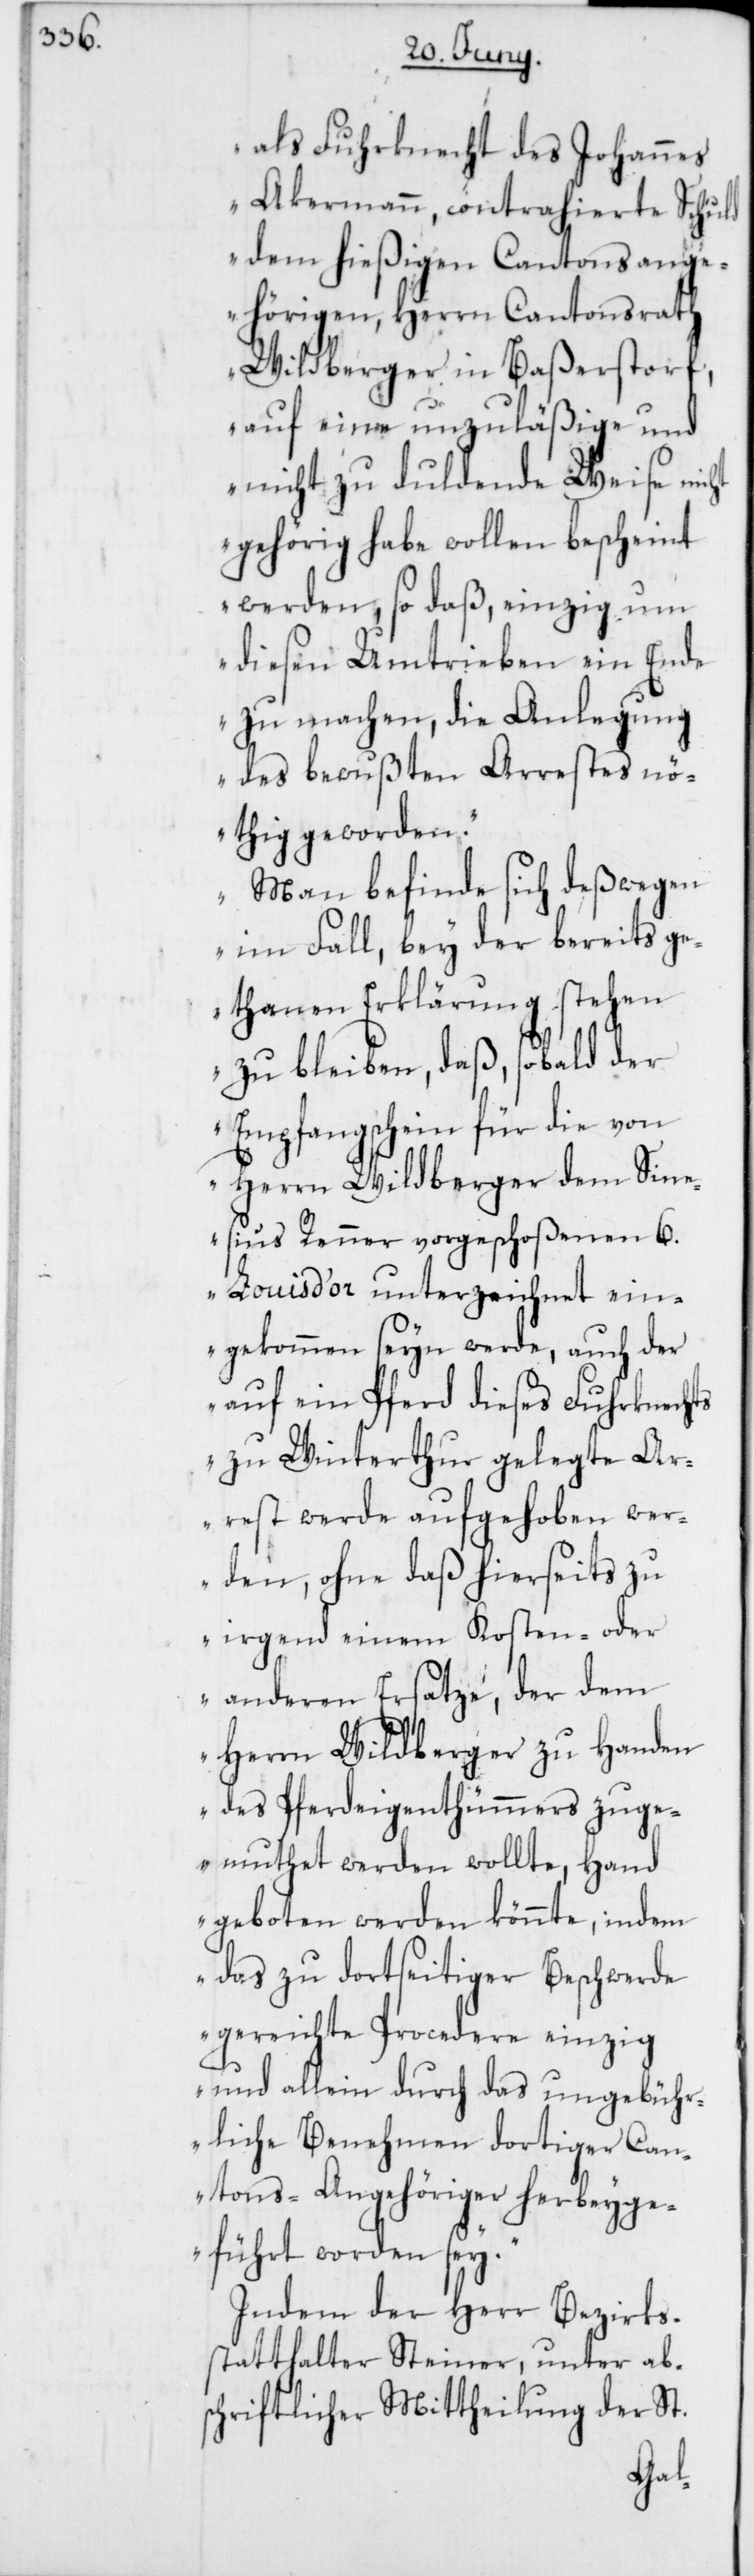
als Fuhrknecht des Johannes
Akermann, contrahierte Schuld
dem hießigen Cantonsange¬
hörigen, Herrn Cantonsrath
Wildberger in Baßerstorf,
auf eine unzuläßige und
nicht zu duldende Weise nic¬
gehörig habe wollen bescheint
werden, so daß, einzig um
diesen Umtrieben ein Ende
zu machen, die Anlegung
des bewußten Arrestes nö¬
thig geworden.
Man befinde sich deßwegen
im Fall, bey der bereits ge¬
thanen Erklärung stehen
zu bleiben, daß, sobald der
Empfangschein für die von
Herrn Wildberger dem Sine¬
sius Renner vorgeschoßenen 6.
Louis d’or unterzeichnet ein¬
gekommen seyn werde, auch der
auf ein Pferd dieses Fuhrknechts
zu Winterthur gelegte Ar¬
rest werde aufgehoben wer¬
den, ohne daß hierseits zu
irgend einem Kosten- oder
anderen Ersatze, der dem
Herrn Wildberger zu Handen
des Pferdeigenthümmers zuge¬
muthet werden wollte, Hand
geboten werden könnte, indem
das zu dortseitiger Beschwerde
gereichte Procedere einzig
und allein durch das ungebühr¬
liche Benehmen dortiger Can¬
tons-Angehöriger herbeyge¬
führt worden sey.“
Indem der Herr Bezirks¬
statthalter Steiner, unter ab¬
schriftlicher Mittheilung der St.
ht